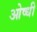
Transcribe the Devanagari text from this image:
ओष्धी